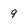
Character: 9